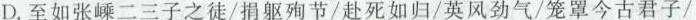
D.至如张嵊二三子之徒/捐躯殉节/赴死如归/英风劲气/笼罩今古君子/